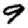
Digit: 9